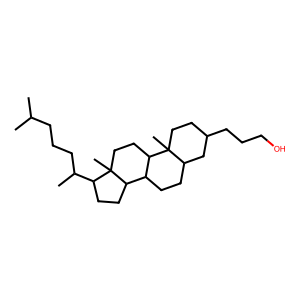
SMILES: CC(C)CCCC(C)C1CCC2C3CCC4CC(CCCO)CCC4(C)C3CCC12C
Inhibits HIV replication: No